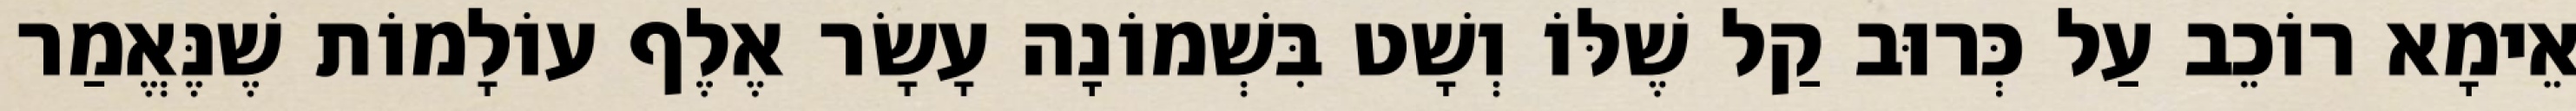
אֵימָא רוֹכֵב עַל כְּרוּב קַל שֶׁלּוֹ וְשָׁט בִּשְׁמוֹנָה עָשָׂר אֶלֶף עוֹלָמוֹת שֶׁנֶּאֱמַר